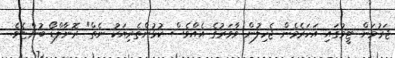
ޖަރުމަން ޓީމުގައި އަހަރެމެން ޖެހިލުން ވާވަރުގެ އެއްވެސް ކުޅުންތެރިޔަކު ނެތް" ރޮނާލްޑޯ ބުންޏެވެ.